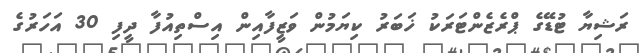
ރަޝިޔާ ޓުޑޭގެ ޕްރެޒެންޓަރަކު ޚަބަރު ކިޔަމުން ވަޒީފާއިން އިސްތިއުފާ ދީފި 30 އަހަރުގެ